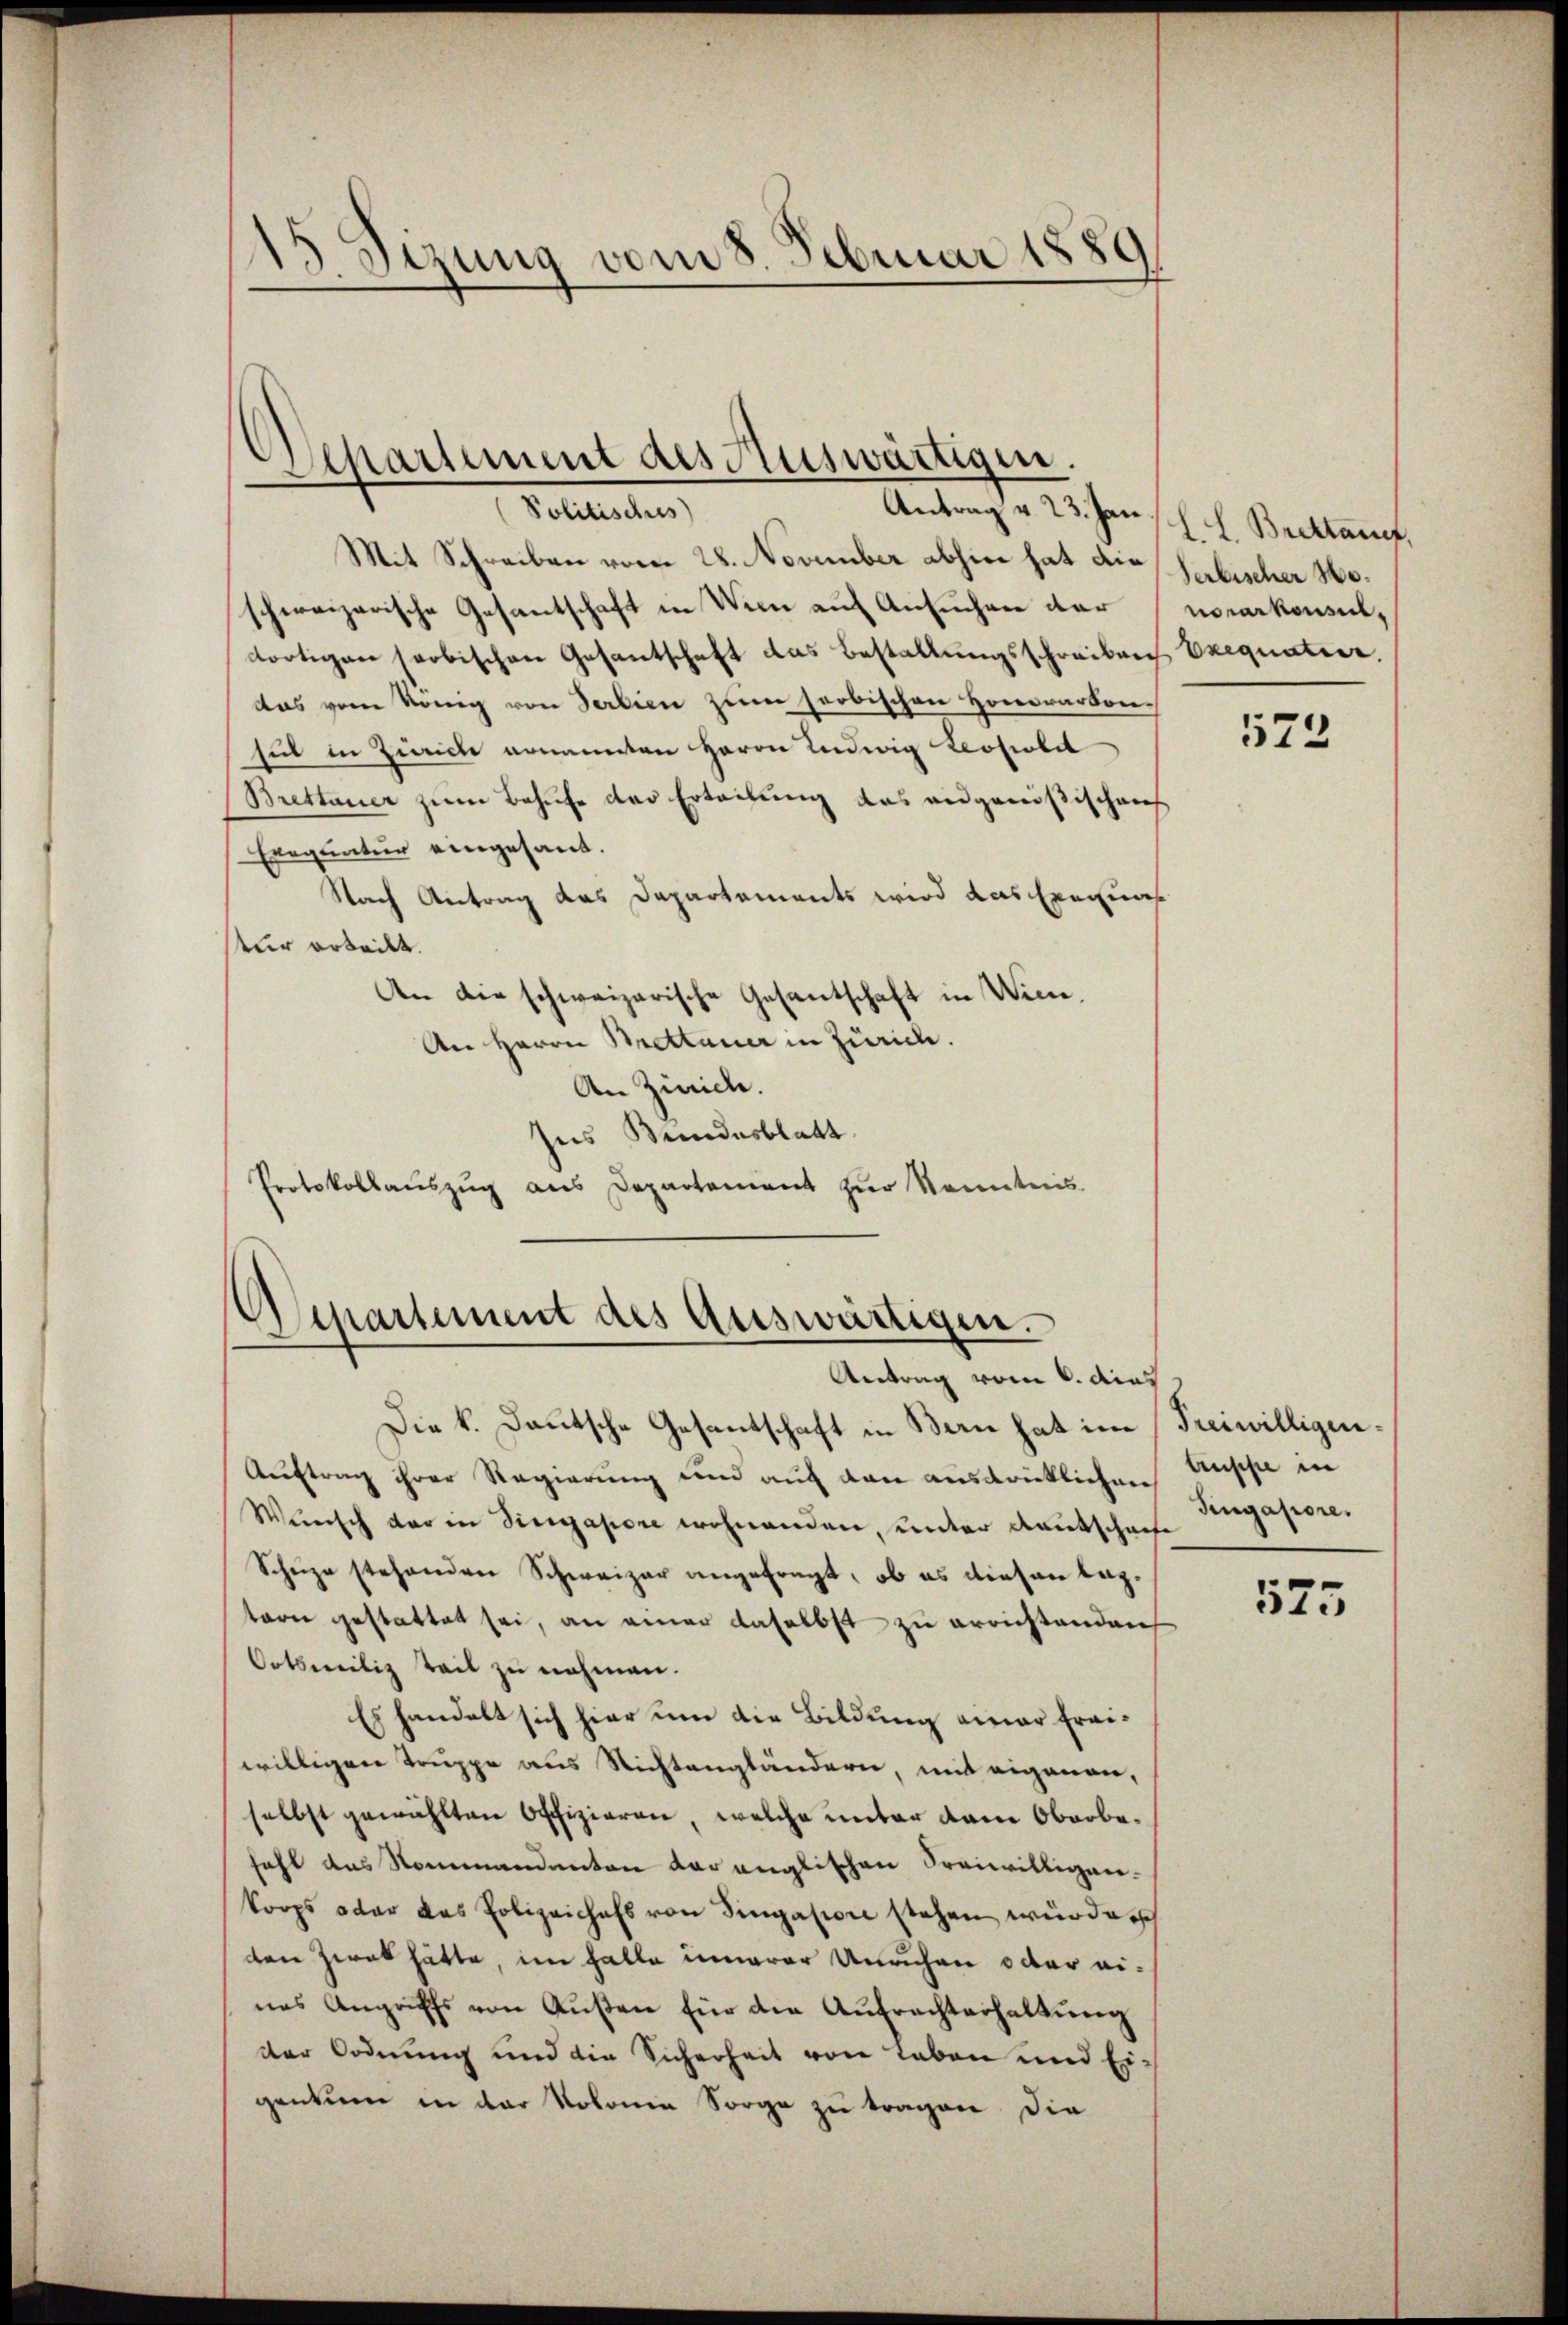
15 Sizung vom 8. Februar 1889

Separtement des Auswärtigen.
Antrag v. 23. Jan.
Pollaten,

Mit Schreiben vom 28. November abhin hat die Serbischer Woschweizerische Gesantschaft in Wien auf Ansuchen der norarkonsul,
dortigen soobischen Gesantschaft das Bestallungsschreiben Exequatier.
das vom König von Serbien zum herbischen Honorarbonhil in Zürich ernannten Herrn Ludwig Leopolit
Brettauer zum Behufe der Erteilung das angenößischens
Exequatur eingesant.
Nach Antrag das Departements wird das Exequa
tur orteilt.
An die schweizerische Gesantschaft in Wien.
An Herrn Brettauer in Zürich.
An Zürich.
Ins Bundesblatt
Protokollaŭszŭg ans Departement zur Kenntnis.

¬
Departement des Auswärtigen.
Antrag vom 6. dies

Die k. Deutsche Gesantschaft in Bern hat im Freiwilligen¬
Auftrag ihrer Regierung und auf den ausdrücklichen
Wünsch der in Singapore wohnenden, unter Kautschaufe
Schüze stehenden Schweizer angefragt, ob es diesen lagtern gestattet sei, an einer daselbst zu errichtenden
Ootsweilig teil zu nehmen.
Es handelt sich hier um die Bildung einer Freiwilligen Truppe aus Nichtengländern, mit eigenen,
selbst gewählten Offizieren, welche unter dem Oberbefahl das Nommandanten der englischen Freiwilligen-
korps oder das Polizeichefs von Singation stehen würden
den zwar hätte, im Falle innerer Unruhen oder eines Angriffs von Außen für die Aufrechterhaltung
der Ordnung und die Sicherheit von Leben und Eigentum in der Kolonie Sorge zu tragen die

H. H. Brettauf,

573

truppe in
Tingapore.

575